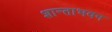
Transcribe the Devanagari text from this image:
शान्ताभवन